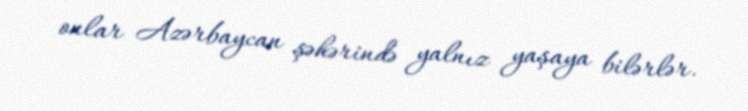
onlar Azərbaycan şəhərində yalnız yaşaya bilərlər.